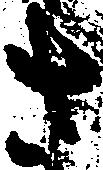
さ